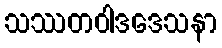
သဿတဝါဒဒေသနာ